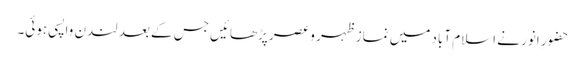
حضورِ انور نے اسلام آباد میں نمازِ ظہر و عصر پڑھائیں جس کے بعد لندن واپسی ہوئی۔